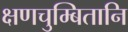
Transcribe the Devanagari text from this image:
क्षणचुम्बितानि